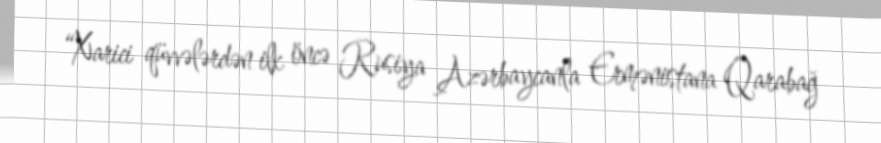
“Xarici qüvvələrdən ilk öncə Rusiya Azərbaycanla Ermənistana Qarabağ